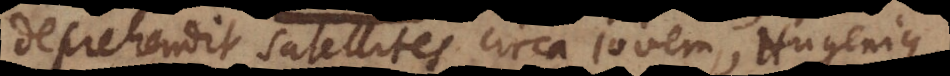
deprehendit satellites circa Jovem, Hugenius